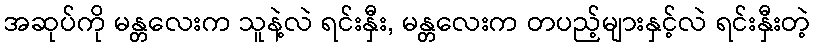
အဆုပ်ကို မန္တလေးက သူနဲ့လဲ ရင်းနှီး, မန္တလေးက တပည့်များနှင့်လဲ ရင်းနှီးတဲ့